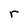
Character: r